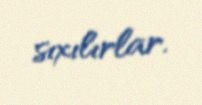
sıxılırlar.